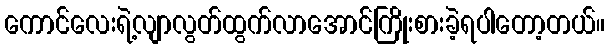
ကောင်လေးရဲ့လျာလွတ်ထွက်လာအောင်ကြိုးစားခဲ့ရပါတော့တယ်။